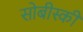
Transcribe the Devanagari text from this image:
सोबीस्की